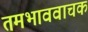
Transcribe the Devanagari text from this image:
तमभाववाचक